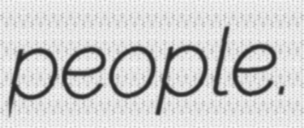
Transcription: people.